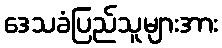
ဒေသခံပြည်သူများအား